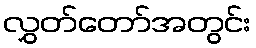
လွှတ်တော်အတွင်း